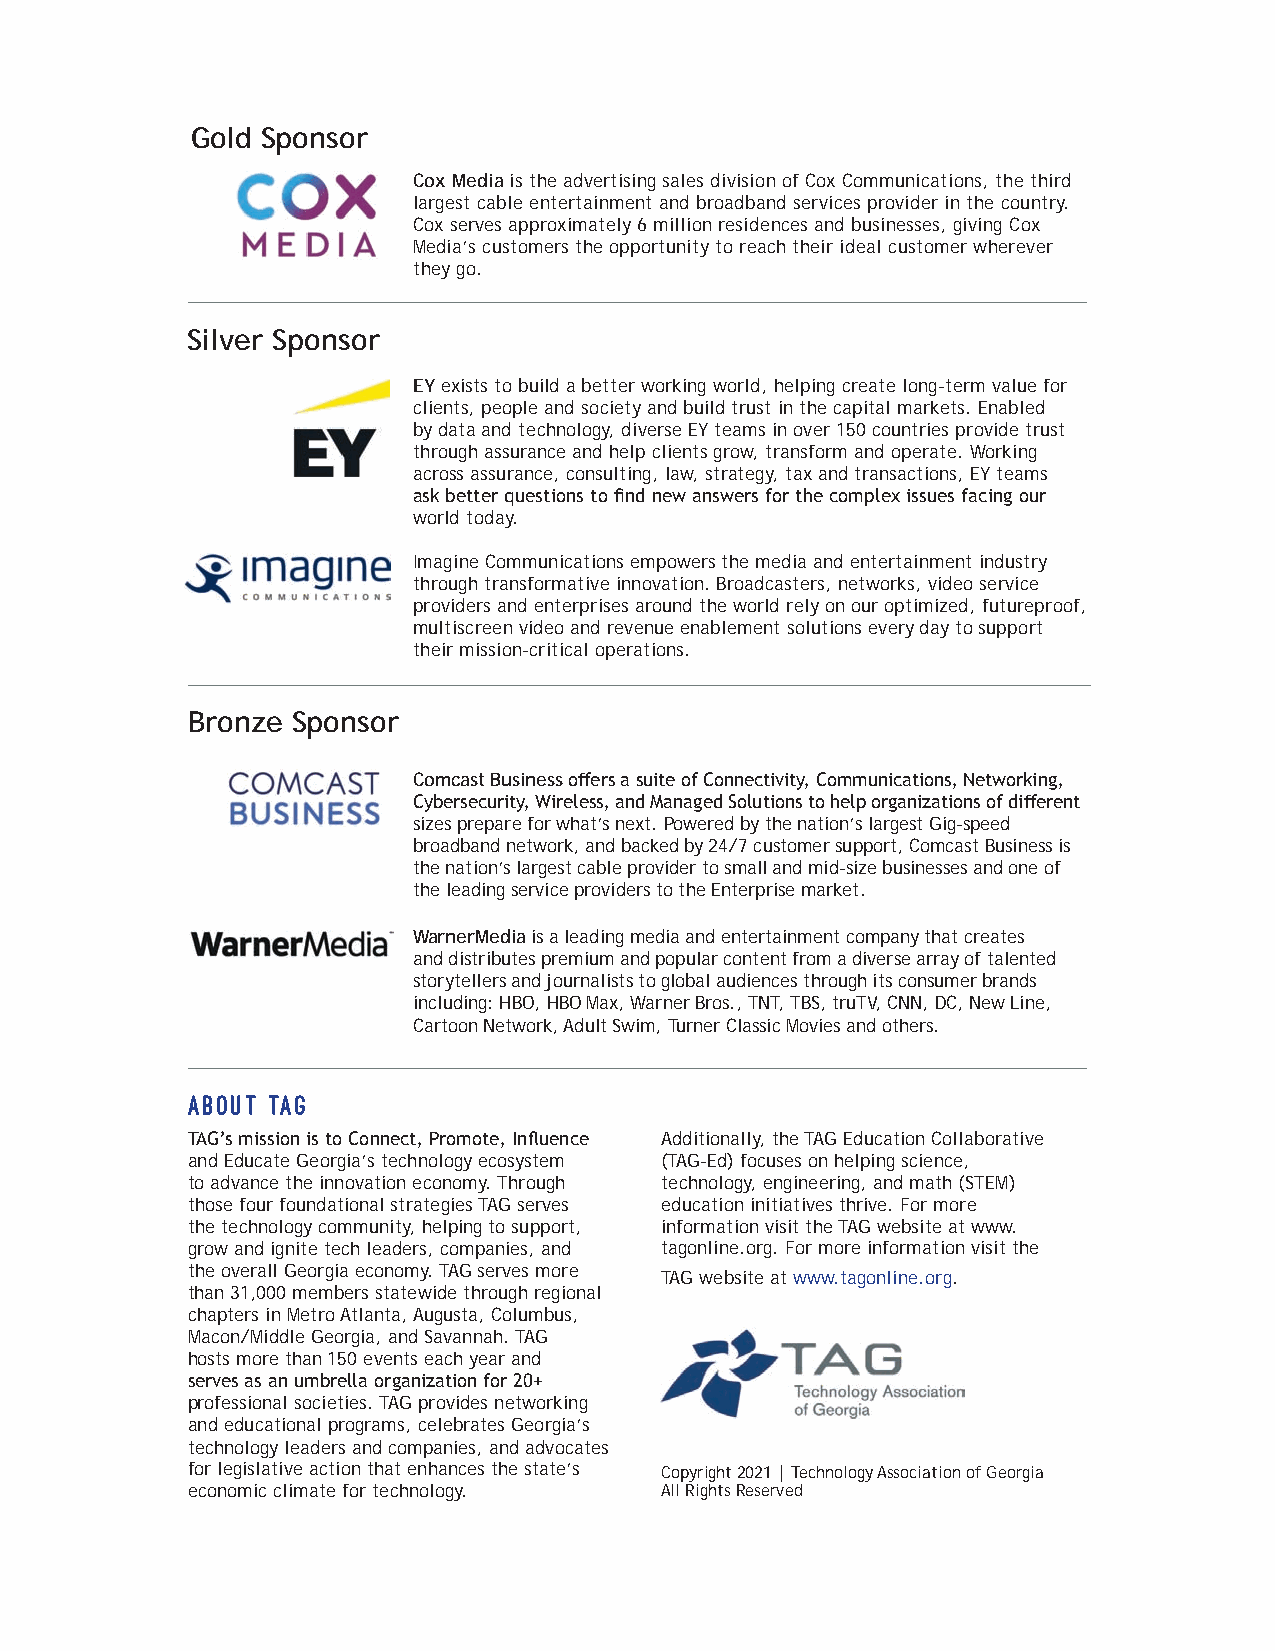
Gold Sponsor
 Cox Media is the advertising sales division of Cox Communications, the third
 largest cable entertainment and broadband services provider in the country.
 Cox serves approximately 6 million residences and businesses, giving Cox
 Media’s customers the opportunity to reach their ideal customer wherever
 they go.
 Silver Sponsor
 EY exists to build a better working world, helping create long-term value for
 clients, people and society and build trust in the capital markets. Enabled
 by data and technology, diverse EY teams in over 150 countries provide trust
 through assurance and help clients grow, transform and operate. Working
 across assurance, consulting, law, strategy, tax and transactions, EY teams
 ask better questions to find new answers for the complex issues facing our
 world today.
 Imagine Communications empowers the media and entertainment industry
 through transformative innovation. Broadcasters, networks, video service
 providers and enterprises around the world rely on our optimized, futureproof,
 multiscreen video and revenue enablement solutions every day to support
 their mission-critical operations.
 Bronze Sponsor
 Comcast Business offers a suite of Connectivity, Communications, Networking,
 Cybersecurity, Wireless, and Managed Solutions to help organizations of different
 sizes prepare for what’s next. Powered by the nation’s largest Gig-speed
 broadband network, and backed by 24/7 customer support, Comcast Business is
 the nation’s largest cable provider to small and mid-size businesses and one of
 the leading service providers to the Enterprise market.
 WarnerMedia is a leading media and entertainment company that creates
 and distributes premium and popular content from a diverse array of talented
 storytellers and journalists to global audiences through its consumer brands
 including: HBO, HBO Max, Warner Bros., TNT, TBS, truTV, CNN, DC, New Line,
 Cartoon Network, Adult Swim, Turner Classic Movies and others.
 About TAG
 TAG’s mission is to Connect, Promote, Influence Additionally, the TAG Education Collaborative
 and Educate Georgia’s technology ecosystem (TAG-Ed) focuses on helping science,
 to advance the innovation economy. Through technology, engineering, and math (STEM)
 those four foundational strategies TAG serves education initiatives thrive. For more
 the technology community, helping to support, information visit the TAG website at www.
 grow and ignite tech leaders, companies, and tagonline.org. For more information visit the
 the overall Georgia economy. TAG serves more
 TAG website at www.tagonline.org.
 than 31,000 members statewide through regional
 chapters in Metro Atlanta, Augusta, Columbus,
 Macon/Middle Georgia, and Savannah. TAG
 hosts more than 150 events each year and
 serves as an umbrella organization for 20+
 professional societies. TAG provides networking
 and educational programs, celebrates Georgia’s
 technology leaders and companies, and advocates
 for legislative action that enhances the state’s Copyright 2021 | Technology Association of Georgia
 economic climate for technology. All Rights Reserved